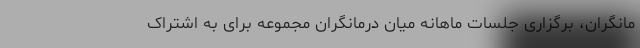
مانگران، برگزاری جلسات ماهانه میان درمانگران مجموعه برای به اشتراک